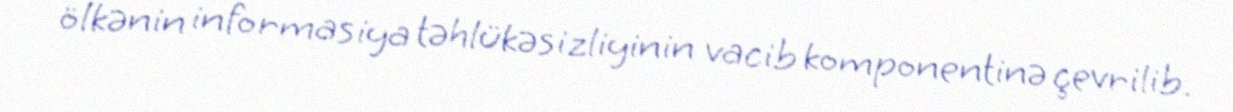
ölkənin informasiya təhlükəsizliyinin vacib komponentinə çevrilib.